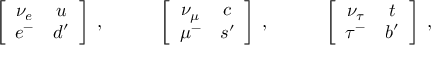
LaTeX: \left[ \begin{array} { c c } { { \nu _ { e } } } & { { u } } \\ { { e ^ { - } } } & { { d ^ { \prime } } } \end{array} \right] \; , \qquad \quad \left[ \begin{array} { c c } { { \nu _ { \mu } } } & { { c } } \\ { { \mu ^ { - } } } & { { s ^ { \prime } } } \end{array} \right] \; , \qquad \quad \left[ \begin{array} { c c } { { \nu _ { \tau } } } & { { t } } \\ { { \tau ^ { - } } } & { { b ^ { \prime } } } \end{array} \right] \; ,